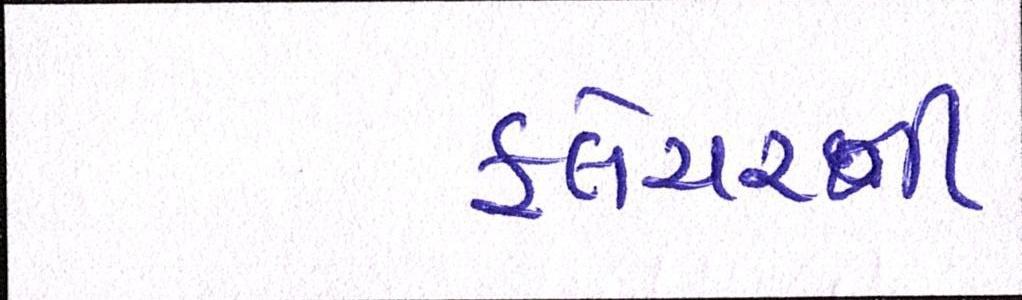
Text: ફ્લેચરની